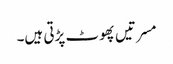
مسرتیں پھوٹ پڑتی ہیں۔